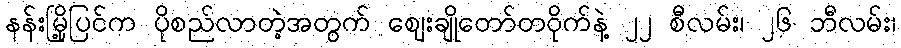
နန်းမြို့ပြင်က ပိုစည်လာတဲ့အတွက် ဈေးချိုတော်တဝိုက်နဲ့ ၂၂ စီလမ်း၊ ၂၆ ဘီလမ်း၊